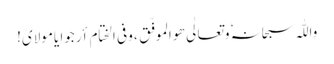
واللّٰہ سبحانہٗ وتعالٰی ھو الموفّق ، وفی الختام أرجوا یامولایَ!